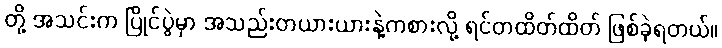
တို့ အသင်းက ပြိုင်ပွဲမှာ အသည်းတယားယားနဲ့ကစားလို့ ရင်တထိတ်ထိတ် ဖြစ်ခဲ့ရတယ်။